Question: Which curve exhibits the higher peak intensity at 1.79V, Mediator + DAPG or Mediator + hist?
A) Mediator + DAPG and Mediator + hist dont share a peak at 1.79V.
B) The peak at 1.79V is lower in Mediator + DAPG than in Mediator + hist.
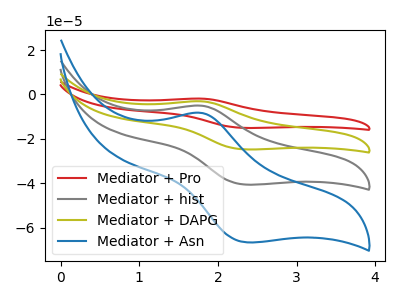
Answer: <think>The red curve "Mediator + Pro" has an anodic peak at (1.80V, -15.25uA) and a cathodic peak at (2.35V, -121.90uA). The gray curve "Mediator + hist" has an anodic peak at (1.80V, -5.10uA) and a cathodic peak at (2.35V, -40.65uA). The olive curve "Mediator + DAPG" has an anodic peak at (1.80V, -10.20uA) and a cathodic peak at (2.35V, -81.25uA). The blue curve "Mediator + Asn" has an anodic peak at (1.80V, -8.35uA) and a cathodic peak at (2.35V, -66.60uA).</think>
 <answer>B) The peak at 1.79V is lower in "Mediator + DAPG" than in "Mediator + hist".</answer>
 <eval>B</eval>